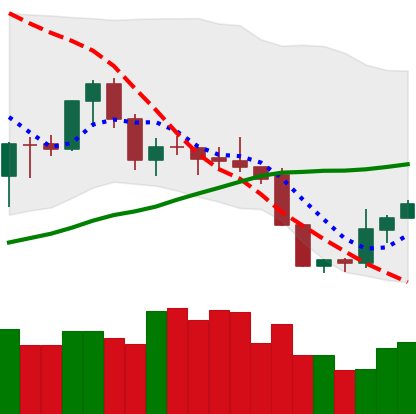
Ticker: XMR-USD
Chart end date: 2019-09-03
Forward return: 3.266%
Label: up_3_5